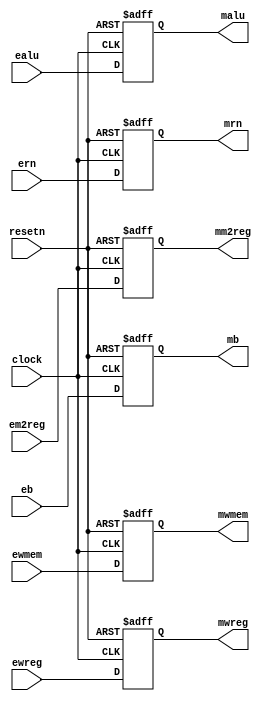
module pipeemreg ( ewreg,em2reg,ewmem,ealu,eb,ern,clock,resetn,
                mwreg,mm2reg,mwmem,malu,mb,mrn); 
    // EXE/MEM 
    //EXE/MEM  EXE  MEM 
    // clock  EXE  MEM  EXE/MEM
    // MEM 
    input ewreg, em2reg, ewmem, clock, resetn;
    input [4:0] ern;
    input [31:0] ealu, eb;
    wire ewreg, em2reg, ewmem, clock, resetn;
    wire [4:0] ern;
    wire [31:0] ealu, eb;

    output mwreg, mm2reg, mwmem;
    output [4:0] mrn;
    output [31:0] mb, malu;
    reg mwreg, mm2reg, mwmem;
    reg [4:0] mrn;
    reg [31:0] mb, malu;

   always @ (negedge resetn or posedge clock)
      if (resetn == 0) 
         begin
            malu       <= 32'b0;
            mb         <= 32'b0;
            mrn        <=  5'b0;
            mwreg      <=  1'b0;
            mm2reg     <=  1'b0;
            mwmem      <=  1'b0;
         end 
      else
         begin 
            malu       <= ealu;
            mb         <= eb;
            mrn        <= ern;
            mwreg      <= ewreg;
            mm2reg     <= em2reg;
            mwmem      <= ewmem;
         end

endmodule